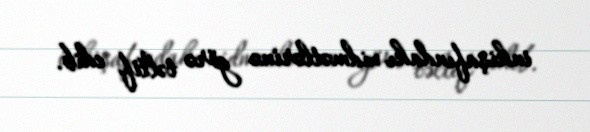
inkişafındakı xidmətlərinə görə təltif edib.